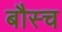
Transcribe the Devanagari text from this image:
बौस्च